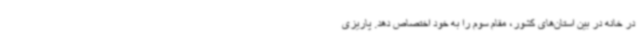
در خانه در بین استان‌های کشور، مقام سوم را به خود اختصاص دهد. پاریزی